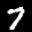
Label: 7